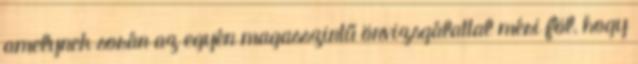
amelynek során az egyén magasszintű önvizsgálattal méri föl, hogy